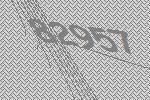
82957